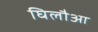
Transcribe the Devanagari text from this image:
घिलौआ